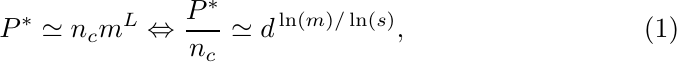
\begin{equation}\label{eq:empirical-sc}
P^* \simeq n_c m^L \Leftrightarrow \frac{P^*}{n_c}\simeq d^{\,\ln(m)/\ln(s)},
\end{equation}